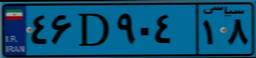
۱۶D۸۶۵۸۳